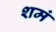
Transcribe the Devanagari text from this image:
शमं